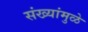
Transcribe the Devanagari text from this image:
संख्यांमुळे